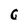
Character: c